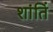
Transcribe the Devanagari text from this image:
शांतिं